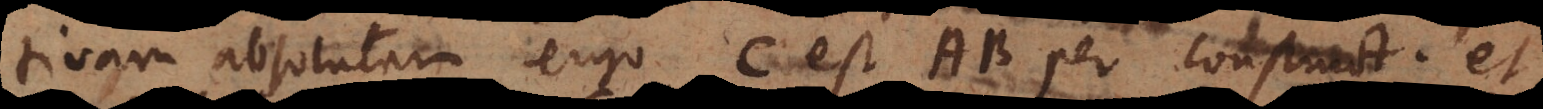
tivam absolutam ergo C est AB per constructionem